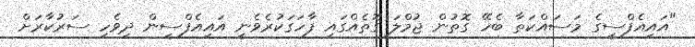
"އައިއެފްސީގެ މަސައްކަތާ ބެހޭ ގޮތުން ޖުމްލަ ގޮތެއްގައި ފާހަގަކުރެވެނީ އައިއެފްސީން ދިވެހި ސަރުކާރަށް